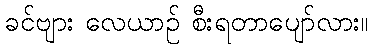
ခင်ဗျား လေယာဉ် စီးရတာပျော်လား။